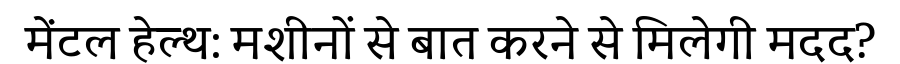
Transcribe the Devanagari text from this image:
मेंटल हेल्थ: मशीनों से बात करने से मिलेगी मदद?